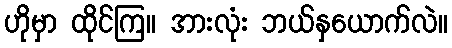
ဟိုမှာ ထိုင်ကြ။ အားလုံး ဘယ်နှယောက်လဲ။